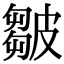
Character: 皺